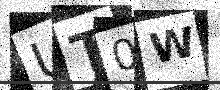
Text: UT0W